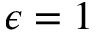
\epsilon = 1